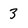
Character: 3